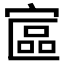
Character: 𡩾